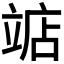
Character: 𫁥